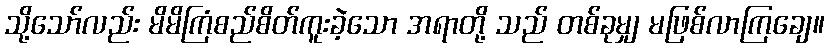
သို့သော်လည်း မိမိကြံစည်စိတ်ကူးခဲ့သော အရာတို့ သည် တစ်ခုမျှ မဖြစ်လာကြချေ။